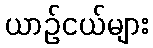
ယာဉ်ငယ်များ